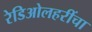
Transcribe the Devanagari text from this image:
रेडिओलहरींचा